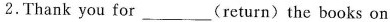
2.Thank you for___ (return)the books on